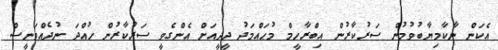
އެކަން ނާކާމިޔާބުވުމުން ސަރުކާރުން އިބްރާހީމް މުޙައްމަދު ދީދީއަށް އެންގެވީ ސަރުކާރުން ހުއްދަ ނުދެއްވަނީސް